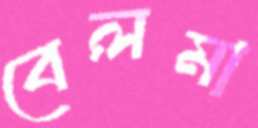
বেলমা